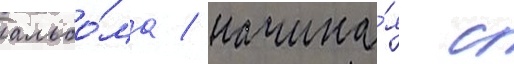
альбо́ма / начина́я с